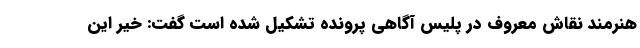
هنرمند نقاش معروف در پلیس آگاهی پرونده تشکیل شده است گفت: خیر این